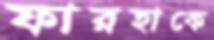
ফারহাকে